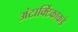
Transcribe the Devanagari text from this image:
अंटार्क्टिकाकडे